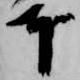
本